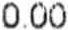
0.00